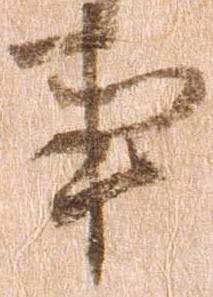
事